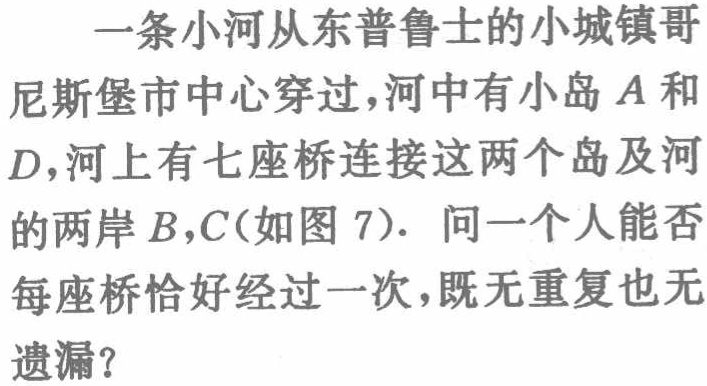
一条小河从东普鲁士的小城镇哥尼斯堡市中心穿过，河中有小岛\(A\)和\(D\)，河上有七座桥连接这两个岛及河的两岸\(B,C\)（如图 7）. 问一个人能否每座桥恰好经过一次，既无重复也无遗漏？